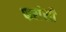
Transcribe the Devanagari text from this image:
फरांसी